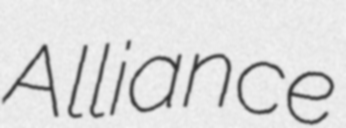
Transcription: Alliance